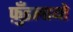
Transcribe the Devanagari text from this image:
फ़ुँइलायो